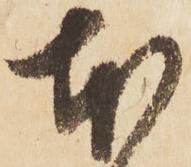
本